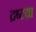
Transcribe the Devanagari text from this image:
द्रष्टय़ा